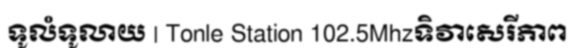
ទូលំទូលាយ | Tonle Station 102.5Mhzទិវាសេរីភាព